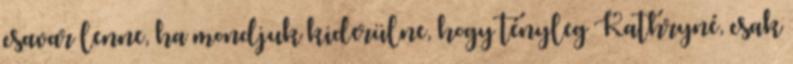
csavar lenne, ha mondjuk kiderülne, hogy tényleg Kathryné, csak